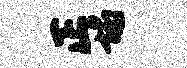
正塌